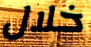
خلال